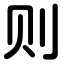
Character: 则